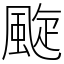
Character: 颴